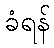
ခံရန်